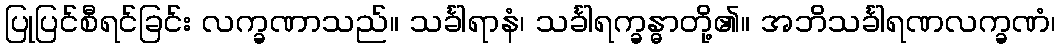
ပြုပြင်စီရင်ခြင်း လက္ခဏာသည်။ သင်္ခါရာနံ၊ သင်္ခါရက္ခန္ဓာတို့၏။ အဘိသင်္ခါရဏလက္ခဏံ၊